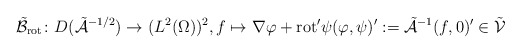
\begin{align*}\tilde{\mathcal{B}}_{\mathrm{rot}} \colon D(\tilde{\mathcal{A}}^{-1/2}) \to (L^{2}(\Omega))^{2}, f \mapsto \nabla \varphi + \mathrm{rot}' \psi (\varphi, \psi)' := \tilde{\mathcal{A}}^{-1}(f, 0)' \in \tilde{\mathcal{V}} \end{align*}